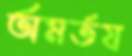
অমর্তয